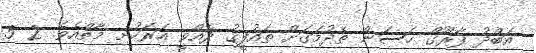
އަބްދު ފާރޫގް ހަސަން ތެދުމަގަށް ތައުފީޤު ދެއްވީ އަރަހުށި މާތްއެވެ. 2 5